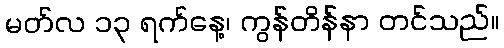
မတ်လ ၁၃ ရက်နေ့၊ ကွန်တိန်နာ တင်သည်။